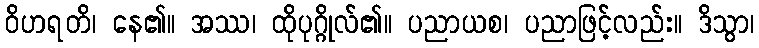
ဝိဟရတိ၊ နေ၏။ အဿ၊ ထိုပုဂ္ဂိုလ်၏။ ပညာယစ၊ ပညာဖြင့်လည်း။ ဒိသွာ၊